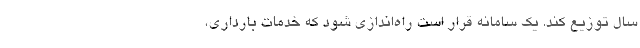
سال توزیع کند. یک سامانه قرار است راه‌اندازی شود که خدمات بارداری،